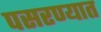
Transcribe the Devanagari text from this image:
पसरण्यात